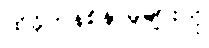
ထိခိုက်နစ်နာမှုများကို